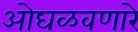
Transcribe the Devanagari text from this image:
ओघळवणारे